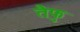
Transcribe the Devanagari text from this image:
तैफु